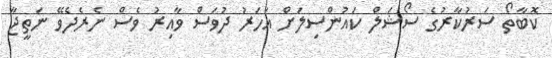
ކޮބާތޯ ސަރުކާރުގެ ސޯޝަލް ކައުންސިލަށް އަހަރު ދުވަސް ވާއިރު ވެސް ނެެރެދެވޭ ނަތީޖާ